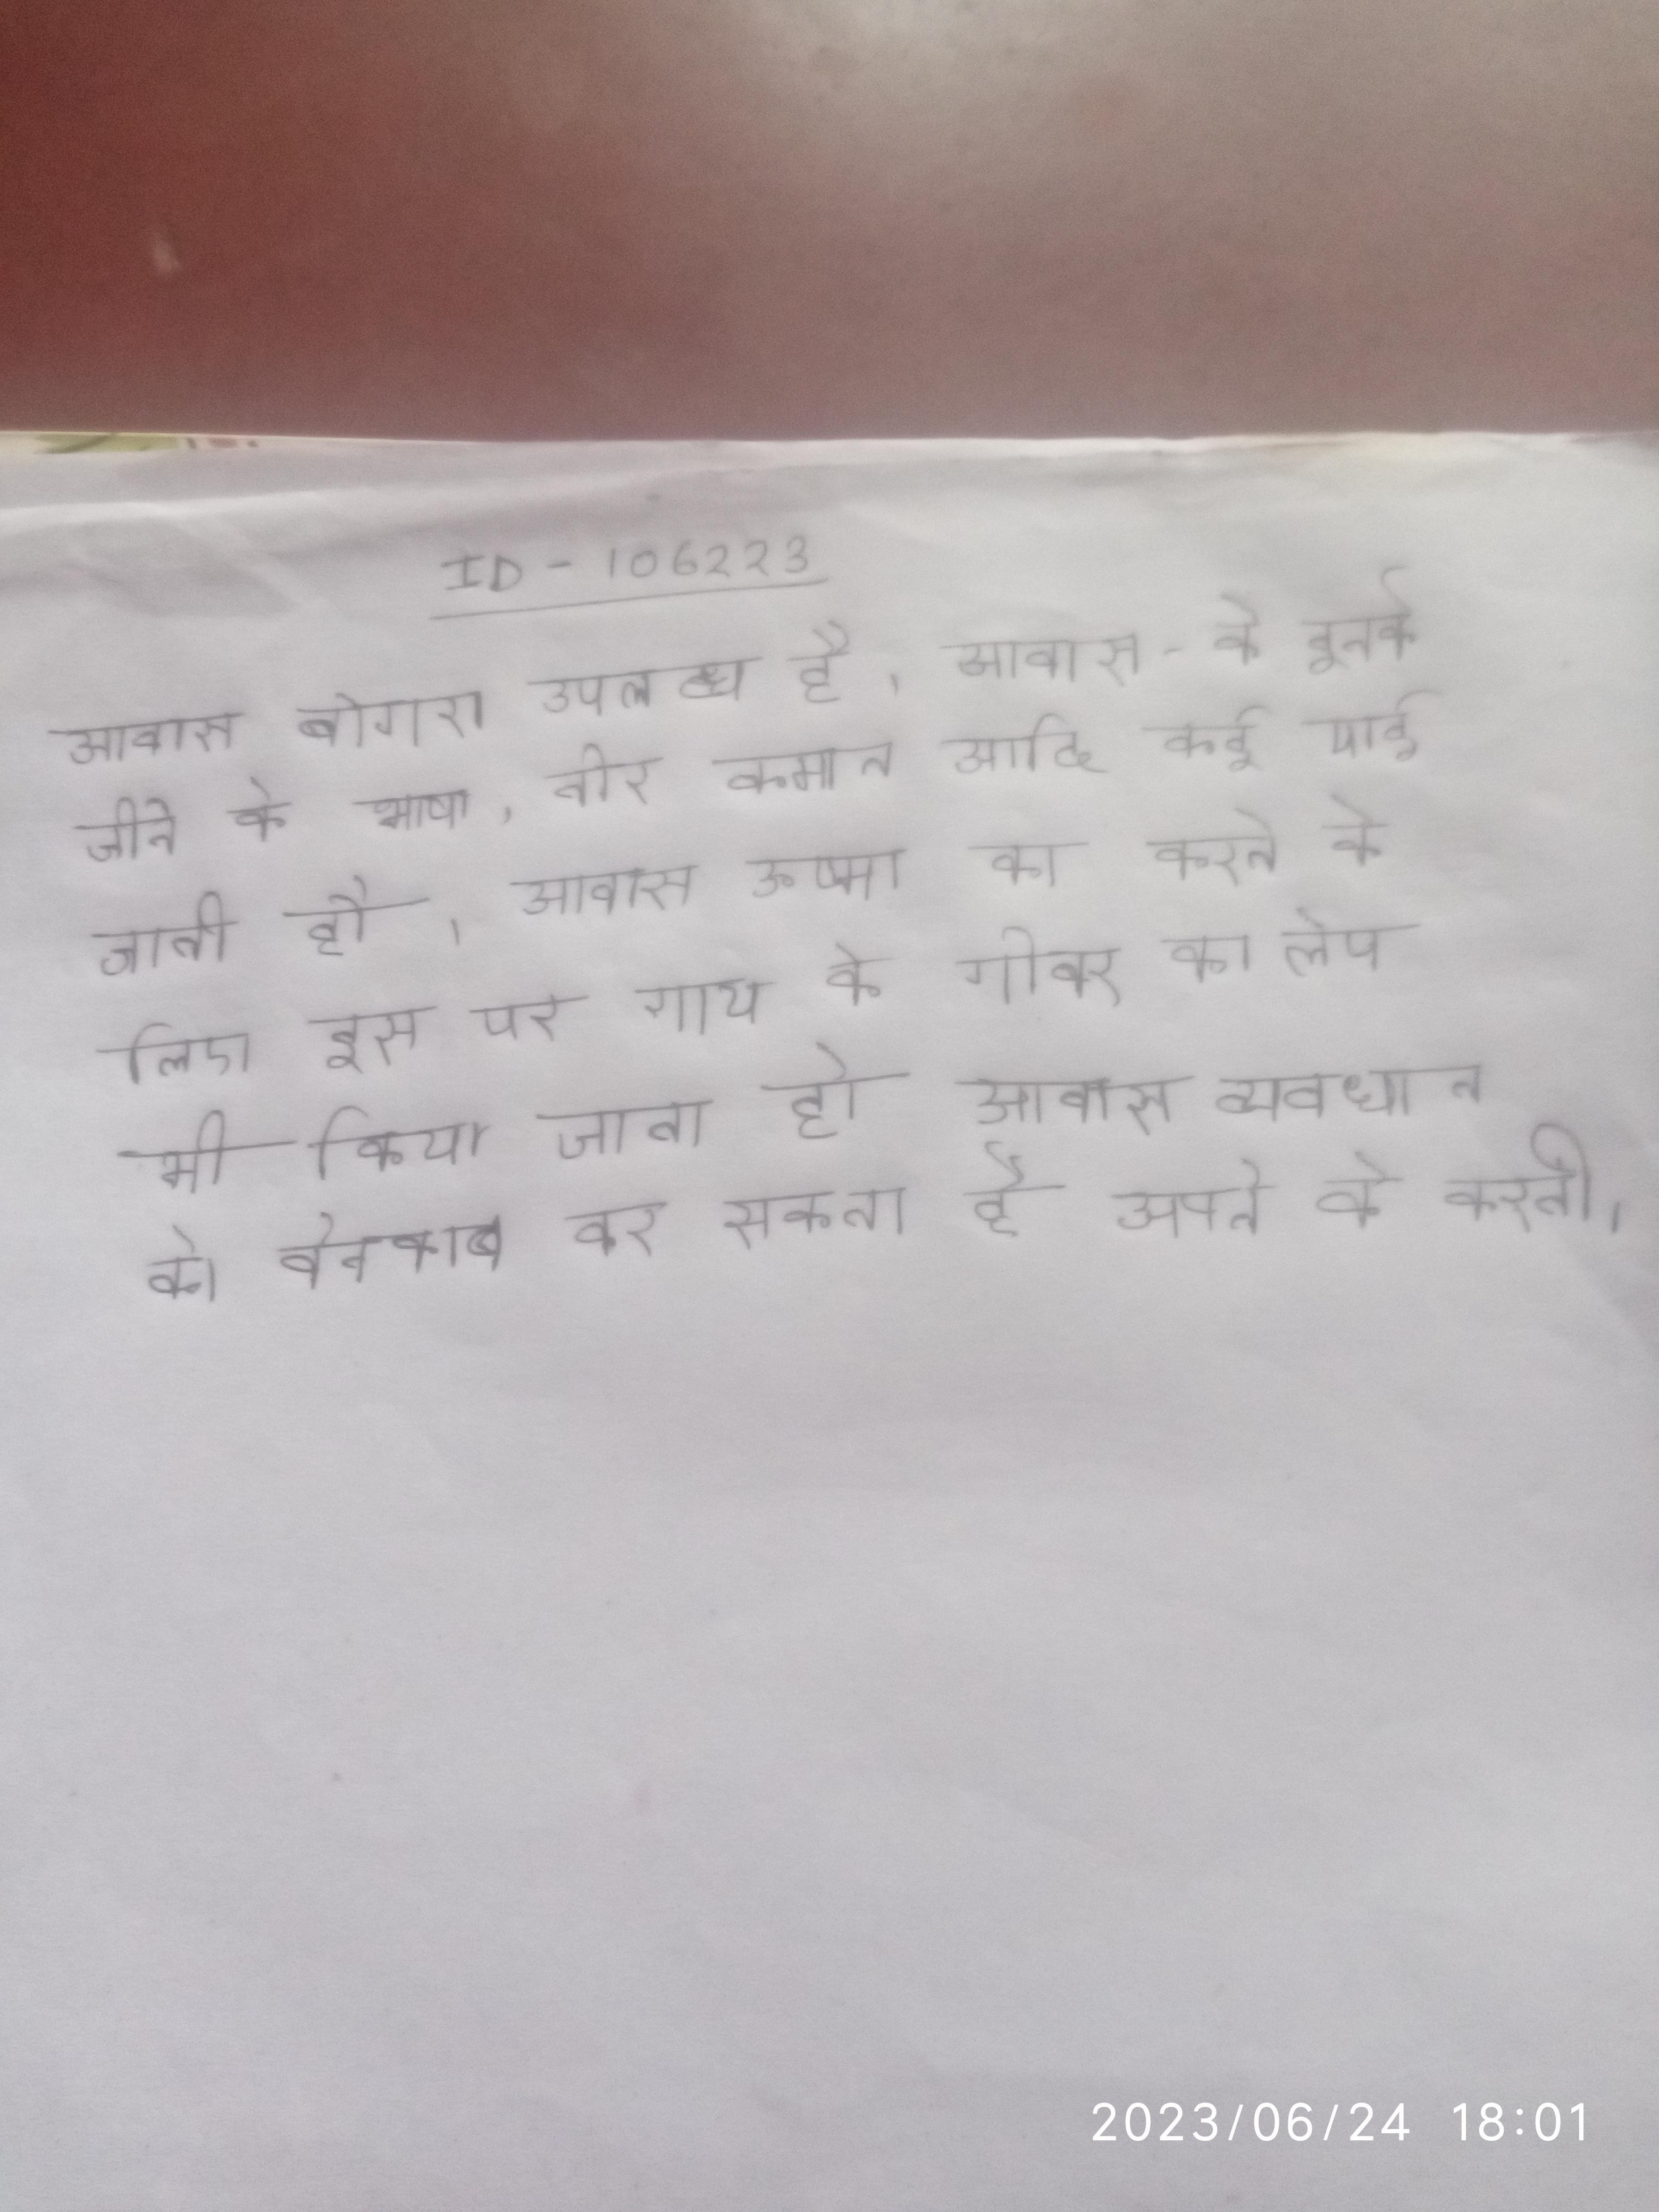
आवास बोगरा उपलब्ध है । आवास- के इनके जीने के भाषा, तीर कमान आदि कई पाई जाती है । आवास ऊष्मा का करने के लिए इस पर गाय के गोबर का लेप भी किया जाता है । आवास व्यवधान को बेनकाब कर सकता है अपने को करती ।